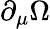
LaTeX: \partial_{\mu}\Omega